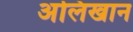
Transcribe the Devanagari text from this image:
अलिखान